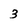
Character: 3